NAE_EAA_T-354_Tartu_Tamme_Gumnaasium, lk 17
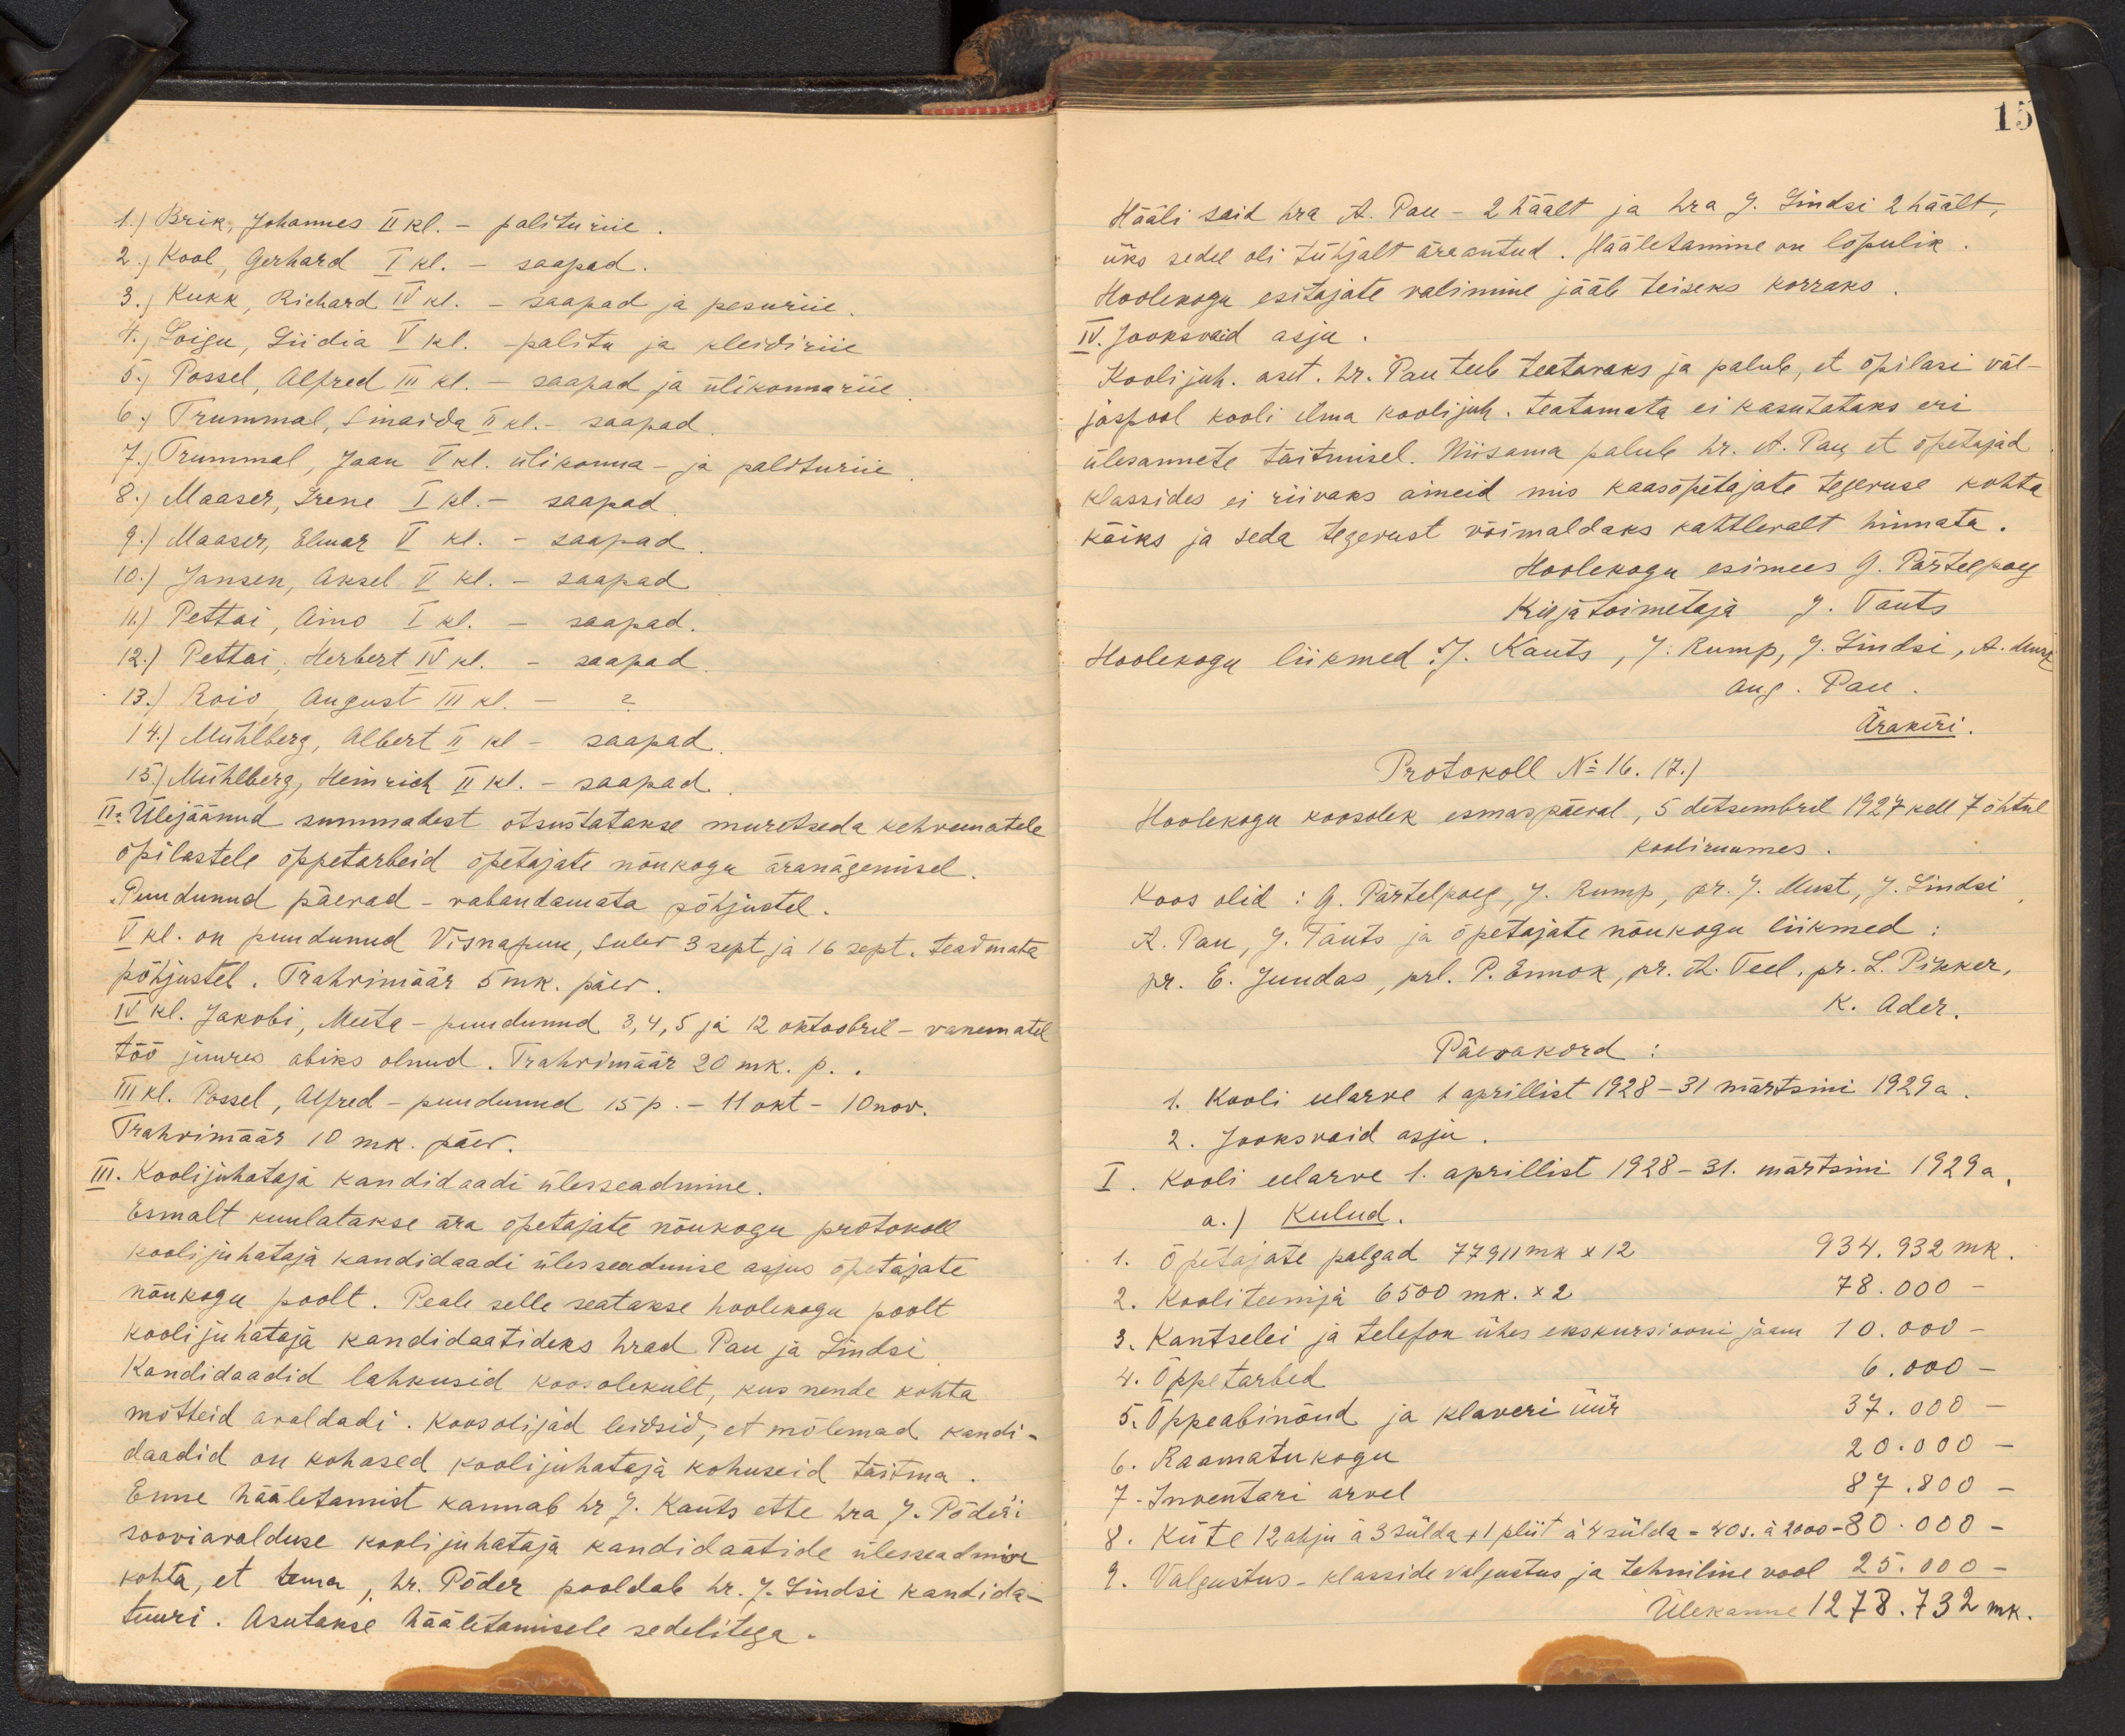
15

1.) Brik, Johannes II kl. - palituriie
2.) Kool, Gerhard I kl. - saapad.
3.) Kukk, Richard IV kl. - saapad ja pesuriie.
4., Loigu, Liidia V. kl. - palitu ja kleidiriie
5.) Possel Alfred III kl. - saapad ja ülikonnariie
6.) Trummal, Sinaida II kl. - saapad
7.) Trummal, Jaan V kl. ülikonna- ja palituriie
8.) Maaser, Irene I kl. - saapad
9.) Maaser, Elmar V kl. - saapad.
10.) Jansen, Aksel V kl. - saapad
11) Pettai, Aino I kl. - saapad.
12.) Pettai Herbert IV kl. - saapad
13.) Rois, August III kl. - ?
14.) Mühlberg, Albert II kl - saapad
15.) Mühlberg, Heinrich II kl. - saapad.
II. Ülejäänud summadest otsustatakse muretseda kehvematele
õpilastele õppetarbeid õpetajate nõukogu äranägemisel.
Puudunud päevad - vabandamata põhjustel.
V kl. on puudunud Visnapuu, Sulev 3 sept ja 16 sept. teadmata
põhjustel. Trahvimäär 5 mk. päev
IV kl. Jakobi, Meeta-puudunud 3, 4, 5 ja 12 oktoobril - vanematel
töö juures abiks olnud. Trahvimäär 20 mk. p.,
III kl. Possel, Alfred - puudunud 15 p. - 11 okt - 10 nov.
Trahvimäär 10 mk. päev.
III. Koolijuhataja kandidaadi ülesseadmine.
Esmalt kuulatakse ära õpetajate nõukogu protokoll
kooli juhataja kandidaadi ülesseadmise asjus õpetajate
nõukogu poolt. Peale selle seatakse hoolekogu poolt
kooli juhataja kandidaatideks hrad Pau ja Lindsi
Kandidaadid lahkusid koosolekult, kus nende kohta
mõtteid avaldadi. Koosolijad leidsid, et mõlemad kandi-
daadid on kohased koolijuhataja kohuseid täitma.
Enne hääletamist kannab hr Kauts ette hra  J. Põderi
sooviavalduse koolijuhataja kandidaatide ülesseadmise
kohta, et tema, hr. Põder pooldab hr. J. Lindsi kandida-
tuuri. Asutakse hääletamisele sedelitega

Hääli said hra A. Pau- 2 häält ja hra J. Lindsi 2 häält,
üks sedel oli tühjalt äraantud. Hääletamine on lõpulik
Hoolekogu esitajate valimine jääb teiseks korraks
IV. Jooksvaid asju.
Kooli juh. aset. Dr. Pau teeb teatavaks ja palub, et õpilasi väl-
jaspool kooli ilma koolijuh. teatamata ei kasutataks eri
ülesannete täitmisel. Niisama palub hr. A. Pau, et õpetajad
klassides ei riivaks aineid mis kaasõpetajate tegevuse kohta
käiks ja seda tegevust võimaldaks kahtlevalt hinnata.
Hoolekogu esimees G. Pärtelpoeg
Kirjatoimetaja J. Tauts
Hoolekogu liikmed /. Kauts, J. Rump, P. Lindsi, A. Murek
Aug. Pau.
Ärakiri
Protokoll No 16. (7.)
Hoolekogu koosolek esmaspäeval, 5 detsembril 1927 kell 7 õhtul
kooliruumes.
Koos olid: G. Pärtelpoeg, J. Rump, pr. J. Must, J. Lindsi
A. Pau, J. Tauts ja õpetajate nõukogu liikmed:
pr. E. Juudas, prl. P. Ennok, pr. R. Teel, pr. L. Pikker,
K. Ader.
Päevakord
1. Kooli eelarve 1 aprillist 1928-31 märtsini 1929 a.
2. Jooksvaid asju
I. Kooli eelarve 1. aprillist 1928-31. märtsini 1929 a.
a.) Kulud.
1. õpetajate palgad 77911 mk x 12    934.932 mk.
2. Kooliteenija 6500 mk. x2  78.000 -
3.Kantselei ja telefon ühes ekskursiooni jääm 10.000-
4. Õppetarbed 6.000-
5. Õppeabinõud ja klaveri üür 37.000-
6. Kaamatukogu 20.000 -
7. Inventari arvel 87.800 -
8. Küte 12 ahju à 3 sülda + 1 pliit  à 4 sülda = 40 s.  à 2000 - 80.000 -
9. Valgustus-klasside valgustus ja tehniline vool 25.000-
Ülekanne 1278. 732 mk.